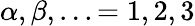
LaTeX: \alpha,\beta,...=1,2,3